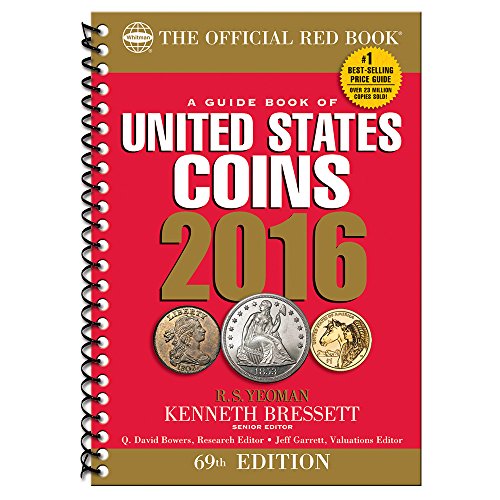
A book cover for A Guide Book of United States Coins 2016; Kenneth Bressett; Crafts, Hobbies & Home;